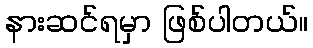
နားဆင်ရမှာ ဖြစ်ပါတယ်။